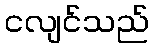
ငလျင်သည်